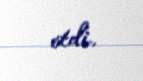
etdi.